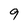
Character: 9